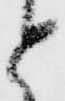
と